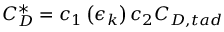
C _ { D } ^ { * } = c _ { 1 } \left( \epsilon _ { k } \right) c _ { 2 } C _ { D , t a d }